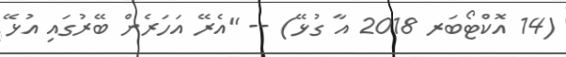
(14 އޮކްޓޯބަރ 2018 އާ ގުޅޭ) -- "އެރޭ އަހަރެން ބޭރުގައި އުޅޭ